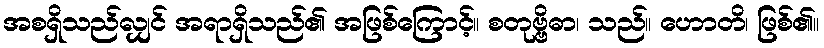
အစရှိသည်လျှင် အရာရှိသည်၏ အဖြစ်ကြောင့်။ စတုဗ္ဗိဓာ၊ သည်။ ဟောတိ၊ ဖြစ်၏။